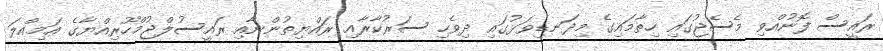
ރައީސް ފޮނުއްވި މެސެޖުގައި ހިތާމައިގެ މިދަނޑިވަޅުގައި ދިވެހި ސަރުކާރާއި ރައްޔިތުންނާއި ރައީސުލްޖުމްހޫރިއްޔާގެ އަމިއްލަ